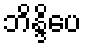
ဘိန္ဒိပေ